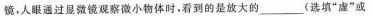
镜，人眼通过显微镜观察微小物体时，看到的是放大的___(选填”虚”或